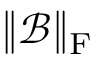
\Vert \mathcal { B } \Vert _ { \mathrm { F } }